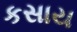
કસાય